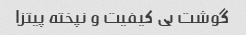
گوشت بی کیفیت و نپخته پیتزا